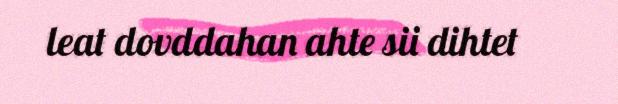
leat dovddahan ahte sii dihtet